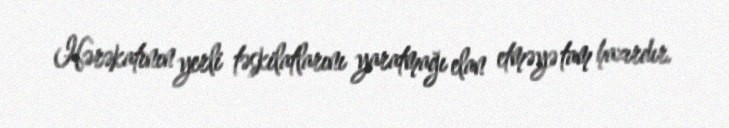
Hərəkatının yerli təşkilatlarını yaratmağı elan etməyə tam hazırdır.